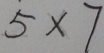
5 \times 7